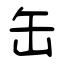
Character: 缶